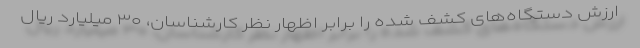
ارزش دستگاه‌های کشف شده را برابر اظهار نظر کارشناسان، ۳۰ میلیارد ریال